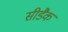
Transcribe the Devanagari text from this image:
सीडैक